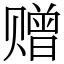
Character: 赠